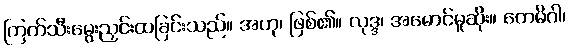
ကြက်သီးမွေးညှင်းထခြင်းသည်။ အဟု၊ ဖြစ်၏။ လုဒ္ဒ၊ အမောင်မူဆိုး။ တေမိဂါ၊